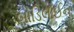
બોડિલાઈન